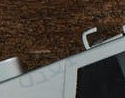
مستعده